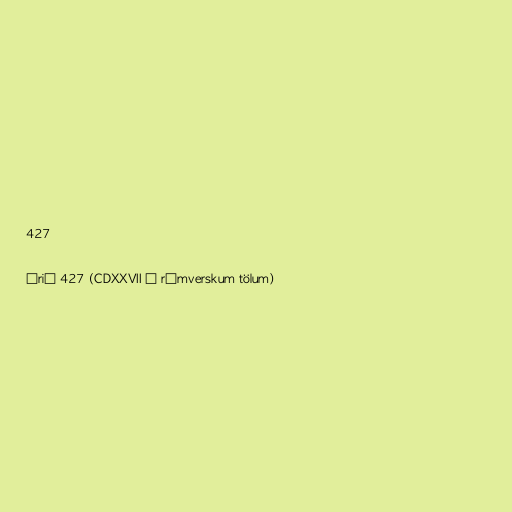
427

Árið 427 (CDXXVII í rómverskum tölum)